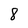
Character: 8